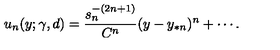
u _ { n } ( y ; \gamma , d ) = \frac { s _ { n } ^ { - ( 2 n + 1 ) } } { C ^ { n } } ( y - y _ { * n } ) ^ { n } + \cdots .